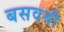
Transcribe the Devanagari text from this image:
बसवश्री